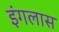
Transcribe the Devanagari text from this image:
इंगलास